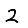
Digit: 2